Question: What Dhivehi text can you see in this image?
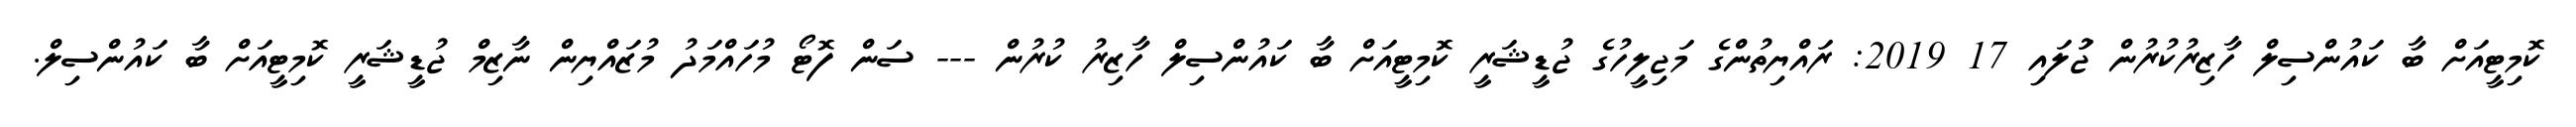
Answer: ކޮމިޓީއަށް ބާ ކައުންސިލް ހާޒިރުކުރުން ޖުަލައި 17 2019: ރައްޔިތުންގެ މަޖިލީހުގެ ޖުޑީޝަރީ ކޮމިޓީއަށް ބާ ކައުންސިލް ހާޒިރު ކުރުން --- ސަން ފޮޓޯ މުހައްމަދު މުޒައްޔިން ނާޒިމް ޖުޑީޝަރީ ކޮމިޓީއަށް ބާ ކައުންސިލް.